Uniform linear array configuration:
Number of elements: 24
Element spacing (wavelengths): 0.25
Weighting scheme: hann
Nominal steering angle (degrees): -60
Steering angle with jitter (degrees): -61.11
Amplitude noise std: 0.05
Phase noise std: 0.05

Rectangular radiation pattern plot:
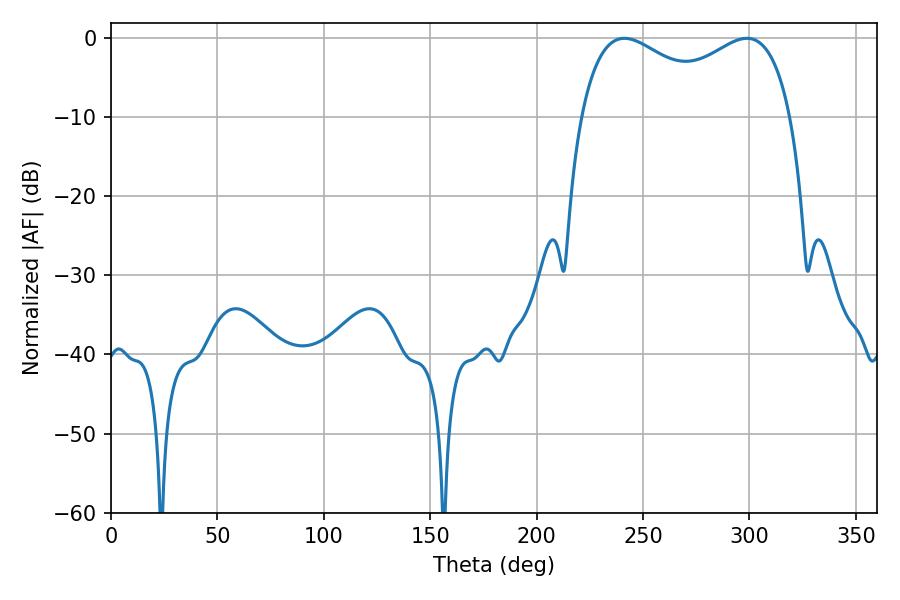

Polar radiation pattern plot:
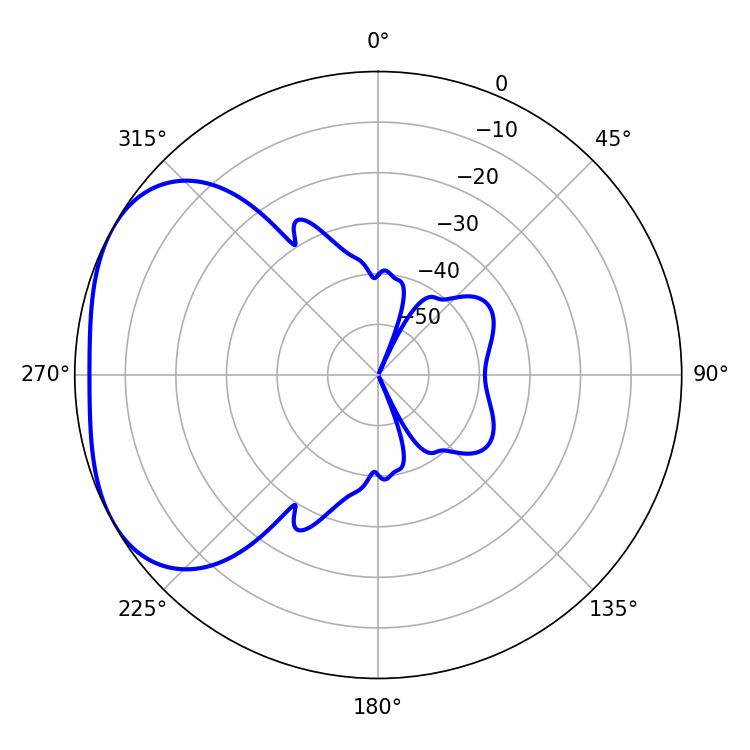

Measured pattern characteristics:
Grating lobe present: FALSE
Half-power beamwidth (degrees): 82.44
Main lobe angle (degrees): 241.2